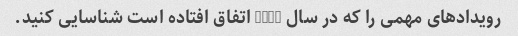
رویدادهای مهمی را که در سال 2019 اتفاق افتاده است شناسایی کنید.